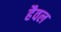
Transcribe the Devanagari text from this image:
हैवल